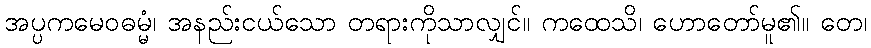
အပ္ပကမေဝဓမ္မံ၊ အနည်းငယ်သော တရားကိုသာလျှင်။ ကထေသိ၊ ဟောတော်မူ၏။ တေ၊